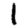
Digit: 1